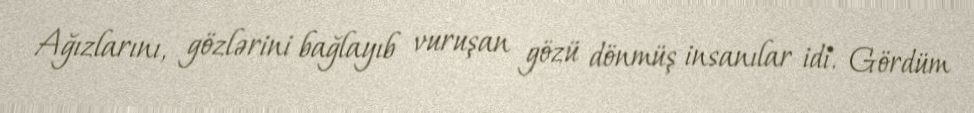
Ağızlarını, gözlərini bağlayıb vuruşan gözü dönmüş insanılar idi. Gördüm